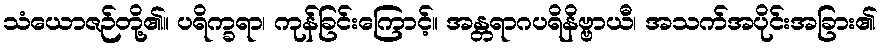
သံယောဇဉ်တို့၏။ ပရိက္ခရာ၊ ကုန်ခြင်းကြောင့်။ အန္တရာဂပရိနိဗ္ဗာယီ၊ အသက်အပိုင်းအခြား၏